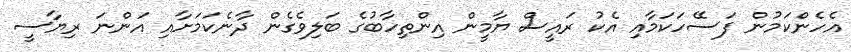
އެހެންކަމުން ފަސޭހަކަމާއި އެކު ރައީސް ޔާމީން އިންތިހާބުގެ ބަލިވެގެން ދާނެކަމަށާއި އަންނަ ރިޔާސީ